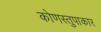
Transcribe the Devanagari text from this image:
कोणस्तुपाकार